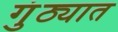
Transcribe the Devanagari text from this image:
गुंठ्यात